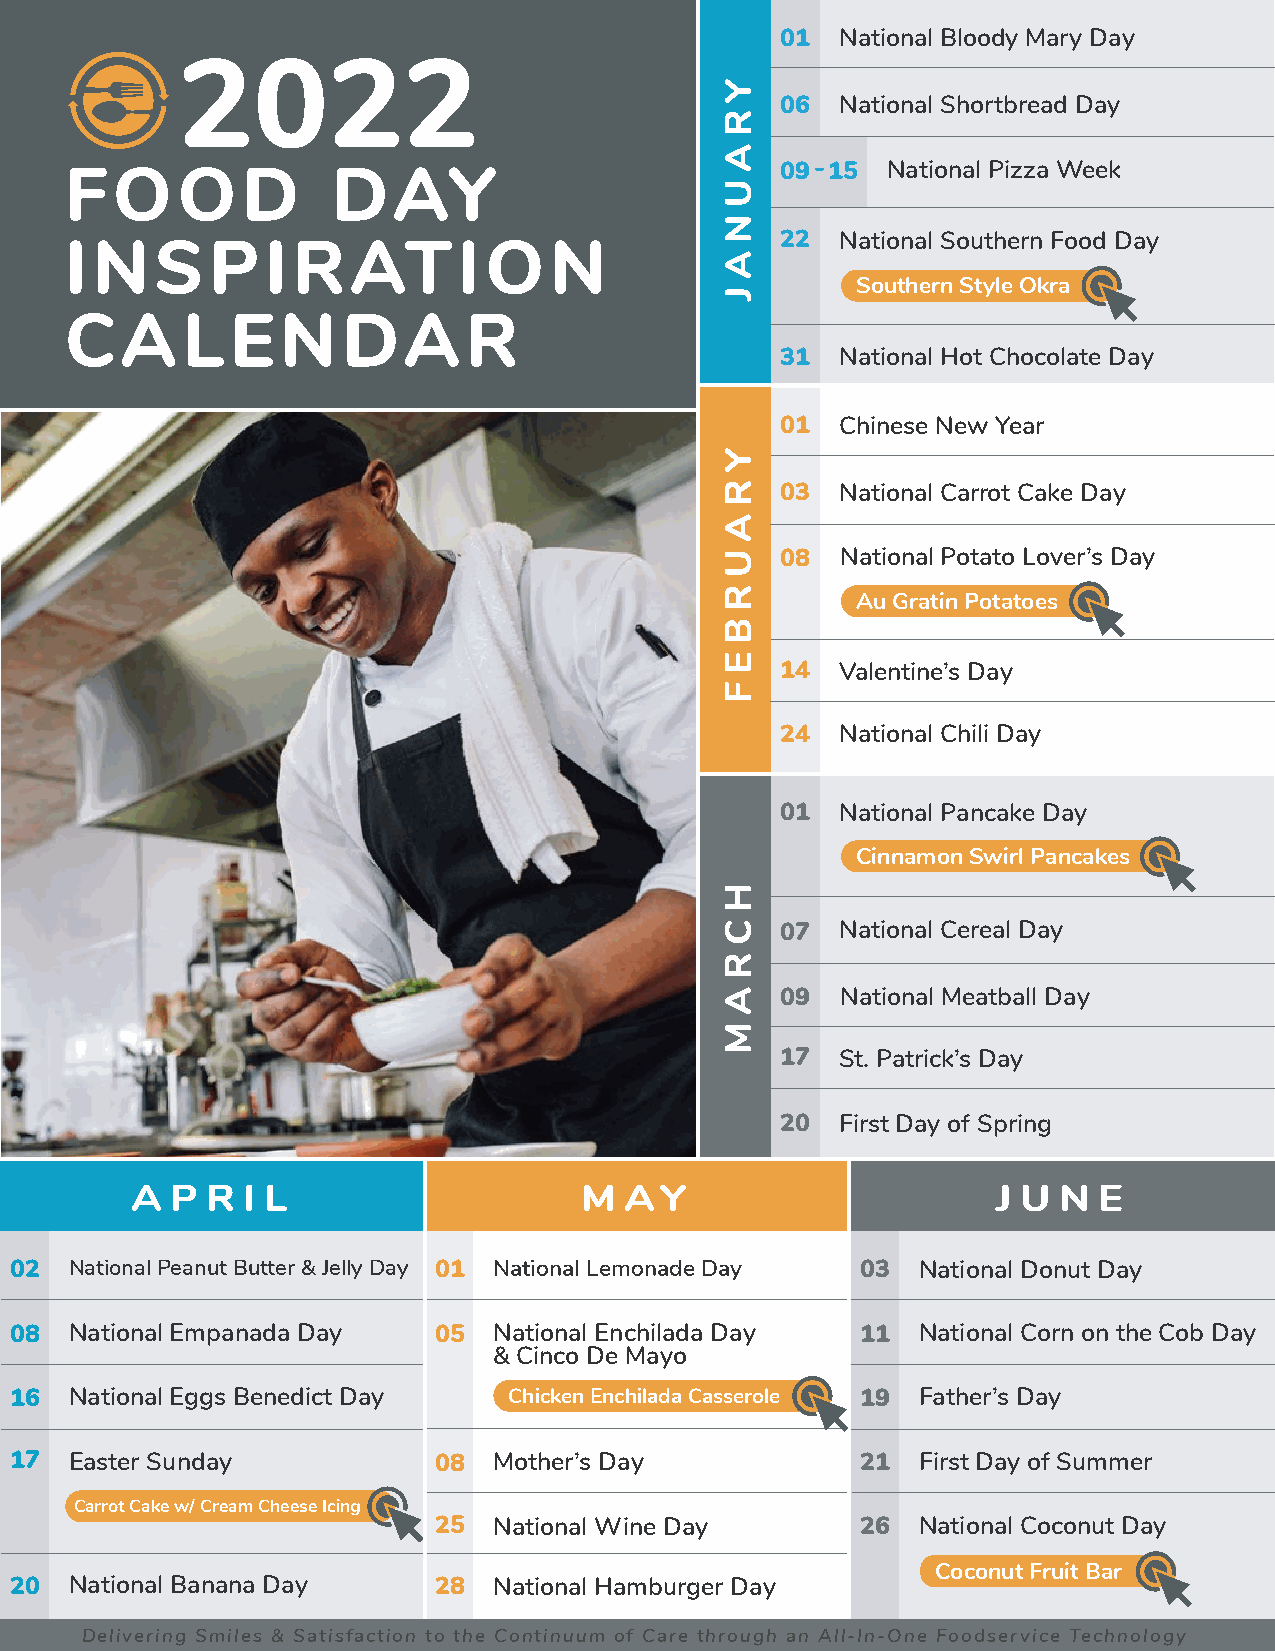
01  National Bloody Mary Day
 2022
 06  National Shortbread Day
 FOOD              DAY                           09 -15 National Pizza Week
 22  National Southern Food Day
 INSPIRATION
 Southern Style Okra
 CALENDAR
 31  National Hot Chocolate Day
 01  Chinese New Year
 03  National Carrot Cake Day
 08  National Potato Lover’s Day
 Au Gratin Potatoes
 14  Valentine’s Day
 24  National Chili Day
 01  National Pancake Day
 Cinnamon Swirl Pancakes
 07  National Cereal Day
 09  National Meatball Day
 17  St. Patrick’s Day
 20  First Day of Spring
 A P  R I L                   M  AY                       J U N  E
 02  National Peanut Butter & Jelly Day 01 National Lemonade Day 03 National Donut Day
 08  National Empanada Day   05  National Enchilada Day  11  National Corn on the Cob Day
 & Cinco De Mayo
 16  National Eggs Benedict Day   Chicken Enchilada Casserole 19 Father’s Day
 17  Easter Sunday           08  Mother’s Day            21  First Day of Summer
 Carrot Cake w/ Cream Cheese Icing
 25  National Wine Day       26  National Coconut Day
 Coconut Fruit Bar
 20  National Banana Day     28  National Hamburger Day
 Delivering Smiles & Satisfaction to the Continuum of Care through an All-In-One Foodservice Technology
 Y
 R
 A
 U
 N
 A
 J
 Y
 R
 A
 U
 R
 B
 E
 F
 H
 C
 R
 A
 M